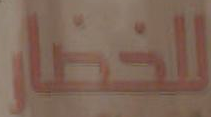
للخضار